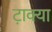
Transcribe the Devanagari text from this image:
टा़क्या